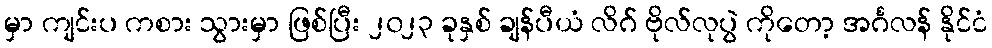
မှာ ကျင်းပ ကစား သွားမှာ ဖြစ်ပြီး ၂၀၂၃ ခုနှစ် ချန်ပီယံ လိဂ် ဗိုလ်လုပွဲ ကိုတော့ အင်္ဂလန် နိုင်ငံ